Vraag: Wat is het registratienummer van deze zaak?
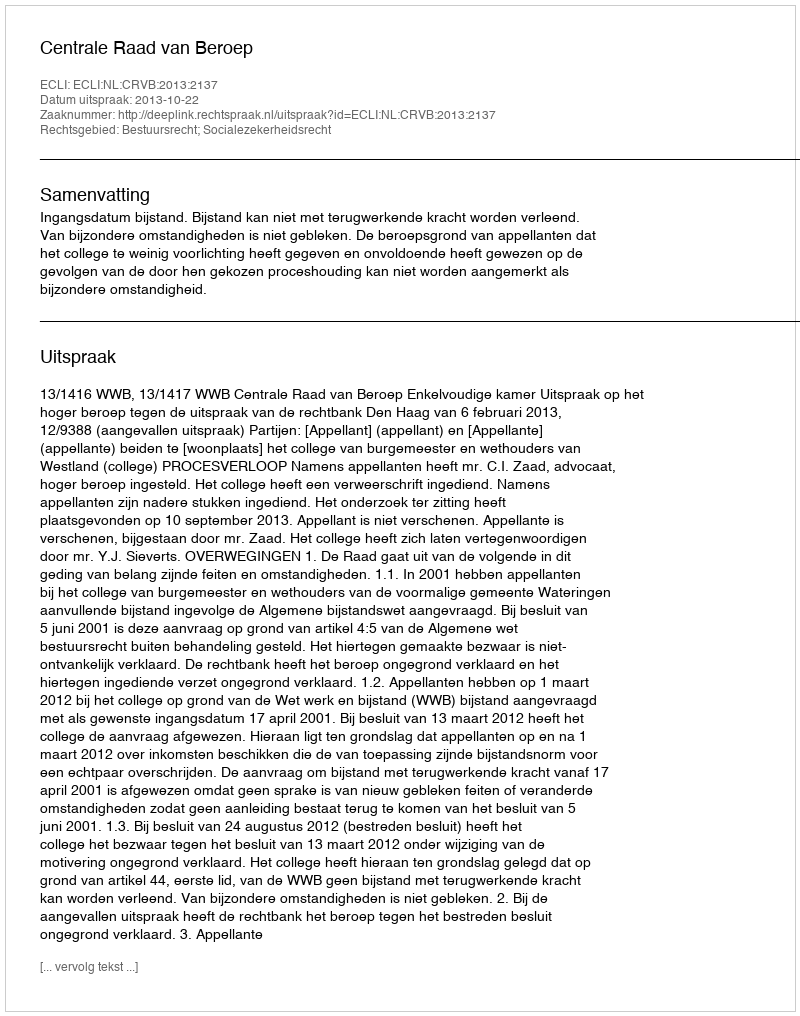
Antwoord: http://deeplink.rechtspraak.nl/uitspraak?id=ECLI:NL:CRVB:2013:2137